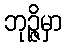
ဘုဉ္ဇိမှာ